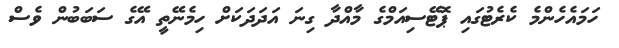
ހަމައެހެންމެ ކެރެޓުގައި ޕޮޓޭސިއަމްގެ މާއްދާ ގިނަ އަދަދަކަށް ހިމެނޭތީ އޭގެ ސަބަބުން ވެސް